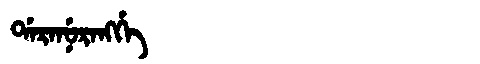
Manchu: ᡩᠠᡵᠠᠨᡠᡵᠠᠩᡤᡝ
Romanization: DARANURANGGE